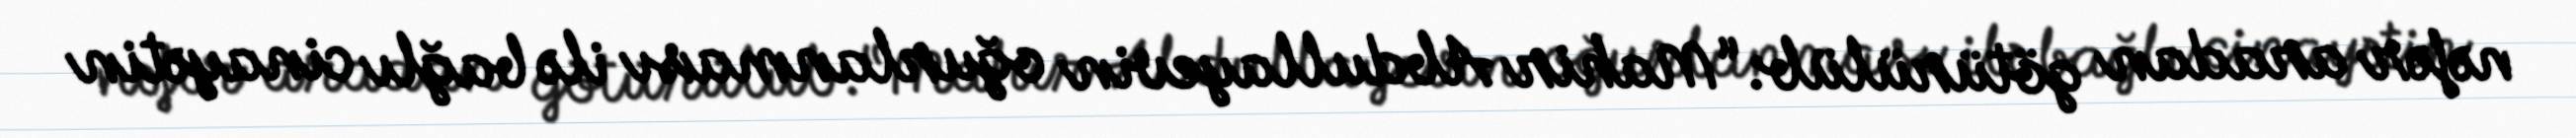
nəfər aradan götürülüb: “Mahir Abdullayevin oğurlanması ilə bağlı cinayətin